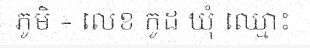
ភូមិ ÷ លេខ កូដ ឃុំ ឈ្មោះ